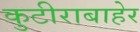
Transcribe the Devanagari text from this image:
कुटीराबाहेर